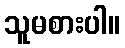
သူမစားပါ။